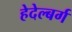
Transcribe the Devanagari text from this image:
हेदेल्बर्ग